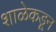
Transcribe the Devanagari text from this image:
शाळेकडून